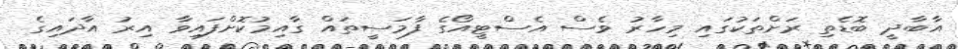
އާބާދީ ބޮޑެތި ރަށްތަކުގައި މިހާރު ވެސް އެސްޓީއޯގެ ފާމަސީތައް ގާއިމުކޮށްފައިވާ އިރު އާދައިގެ